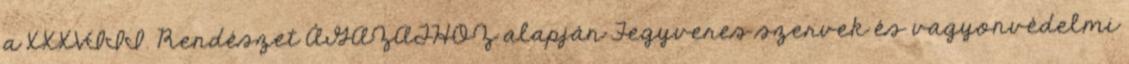
a XXXVIII. Rendészet ÁGAZATHOZ alapján Fegyveres szervek és vagyonvédelmi